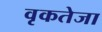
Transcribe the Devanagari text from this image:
वृकतेजा